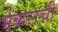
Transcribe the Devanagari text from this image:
भेकराची